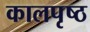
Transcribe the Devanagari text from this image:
कालपृष्ठ